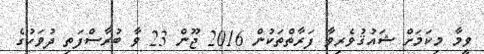
ވީމާ މިކަމަށް ޝައުޤުވެރިވާ ފަރާތްތަކުން 2016 ޖޫން 23 ވާ ބުރާސްފަތި ދުވަހުގެ